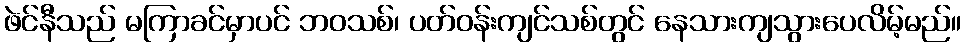
ဖဲင်နီသည် မကြာခင်မှာပင် ဘဝသစ်၊ ပတ်ဝန်းကျင်သစ်တွင် နေသားကျသွားပေလိမ့်မည်။